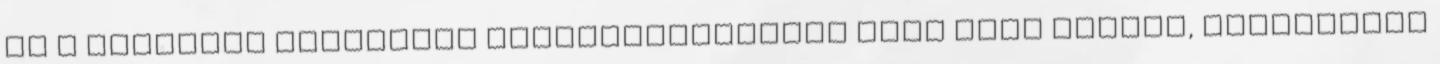
Ha a tûzjelzõ áramkörök összekötetéséhez több eres kábelt, flexibilis